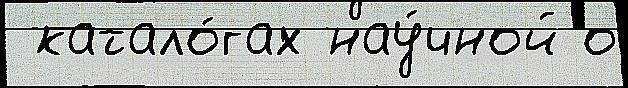
 катало́гах нау́чной о